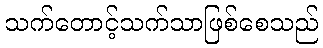
သက်တောင့်သက်သာဖြစ်စေသည်